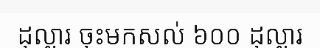
ដុល្លារ ចុះមកសល់ ៦០០ ដុល្លារ